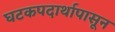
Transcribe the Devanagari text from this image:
घटकपदार्थापासून